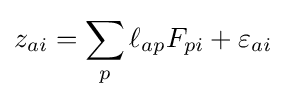
z_{ai}=\sum _{p}\ell _{ap}F_{pi}+\varepsilon _{ai}